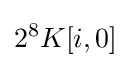
2^{8}K[i,0]